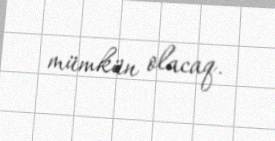
mümkün olacaq.